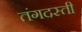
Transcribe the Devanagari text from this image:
तंगदस्ती